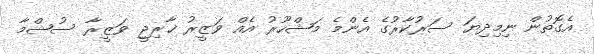
އެގޮތުން ނިމިދިޔަ ސަރުކާރުގެ އެންމެ މަޝްހޫރު އެއް ވަޒީރު ޚާރިޖީ ވަޒީރާ ސުޝްމާ